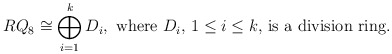
\begin{align*}RQ_8 \cong \bigoplus_{i=1}^{k}D_i, \textup{ where $D_i$, $1\leq i\leq k$, is a division ring.}\end{align*}